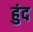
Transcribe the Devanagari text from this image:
हुंद